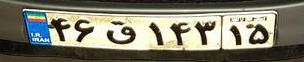
۴۶ق۱۴۳۱۵